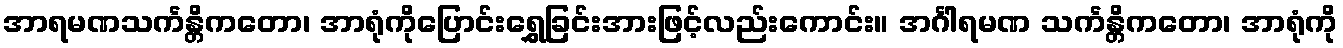
အာရမဏသင်္ကန္တိကတော၊ အာရုံကိုပြောင်းရွှေခြင်းအားဖြင့်လည်းကောင်း။ အင်္ဂါရမဏ သင်္ကန္တိကတော၊ အာရုံကို